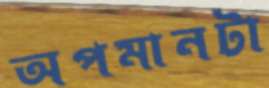
অপমানটা